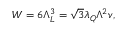
W = 6 \Lambda _ { L } ^ { 3 } = \sqrt { 3 } \lambda _ { Q } \Lambda ^ { 2 } v ,